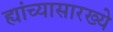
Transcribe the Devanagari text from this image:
ह्यांच्यासारख्ये